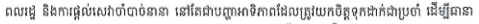
ពលរដ្ឋ និងការផ្តល់សេវាចាំបាច់នានា នៅតែជាបញ្ហាអាទិភាពដែលត្រូវយកចិត្តទុកដាក់ជាប្រចាំ ដើម្បីធានា